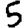
Digit: 5